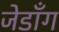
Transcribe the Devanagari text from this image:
जेडाँग